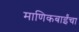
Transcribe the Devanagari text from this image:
माणिकबाईंचा